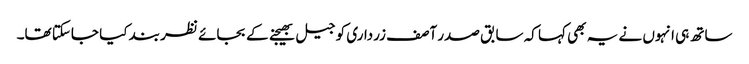
ساتھ ہی انہوں نے یہ بھی کہا کہ سابق صدر آصف زرداری کو جیل بھیجنے کے بجائے نظر بند کیا جاسکتا تھا۔